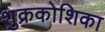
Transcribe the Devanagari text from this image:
शुक्रकोशिका